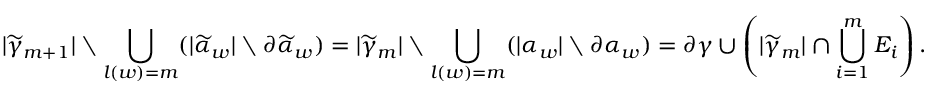
| \widetilde \gamma _ { m + 1 } | \setminus \bigcup _ { l ( w ) = m } ( | \widetilde \alpha _ { w } | \setminus \partial \widetilde \alpha _ { w } ) = | \widetilde \gamma _ { m } | \setminus \bigcup _ { l ( w ) = m } ( | \alpha _ { w } | \setminus \partial \alpha _ { w } ) = \partial \gamma \cup \left( | \widetilde \gamma _ { m } | \cap \bigcup _ { i = 1 } ^ { m } E _ { i } \right) .